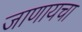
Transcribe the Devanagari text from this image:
जाणायचा